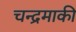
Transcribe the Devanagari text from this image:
चन्द्रमाकी